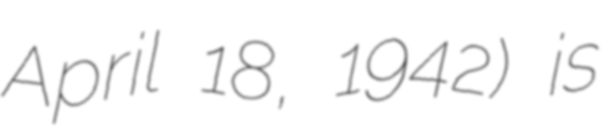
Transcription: April 18, 1942) is